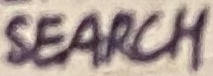
Text: SEARCH